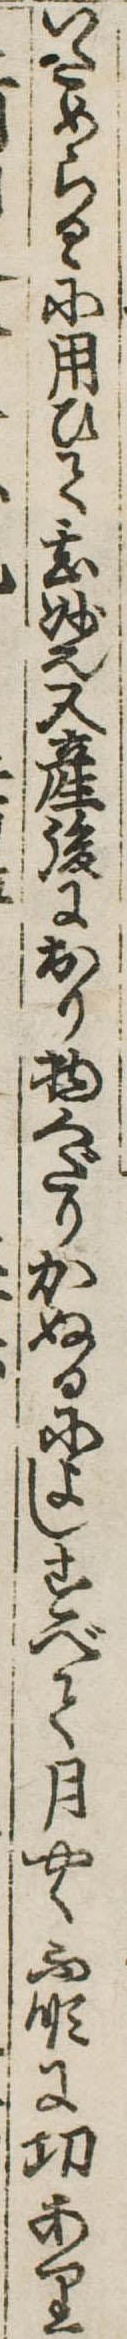
いためらるゝに用ひて甚妙也又産後におり物くだりかぬるによしすべて月やく不順に功あり